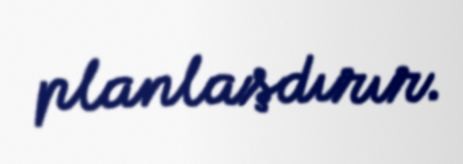
planlaşdırır.